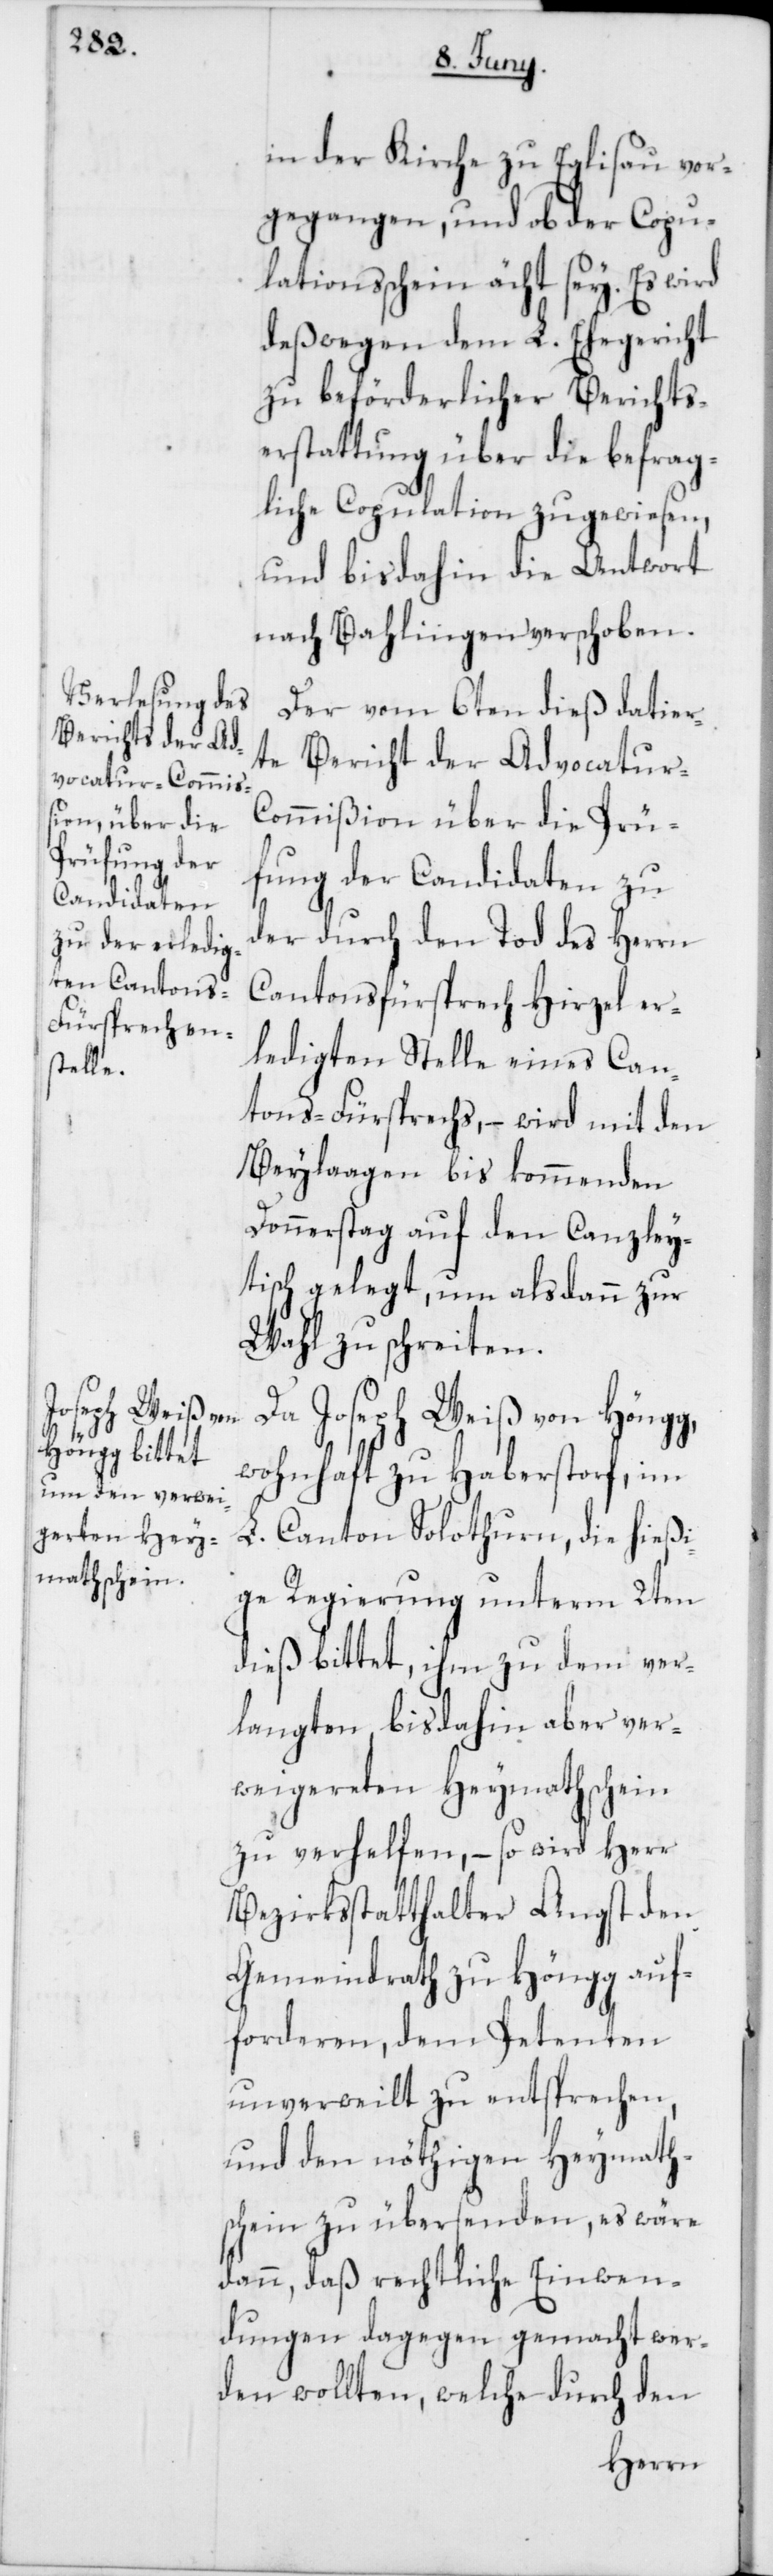
in der Kirche zu Eglisau vor¬
gegangen, und ob der Copu¬
lationsschein ächt sey. Es wird
deßwegen dem L. Ehegericht
zu beförderlicher Berichts¬
erstattung über die befrag¬
liche Copulation zugewiesen,
und bis dahin die Antwort
nach Bahlingen verschoben.
Der vom 6ten dieß datier¬
te Bericht der Advocatur-C¬
ommißion über die Prü¬
fung der Candidaten zu
der durch den Tod des Herrn
Cantonsfürsprech Hirzel er¬
ledigten Stelle eines Can¬
tons-Fürsprechs, – wird mit den
Beylaagen bis kommenden
Donnerstag auf den Canzley¬
tisch gelegt, um alsdann zur
Wahl zu schreiten.
Da Joseph Weiß von Höngg,
wohnhaft zu Haberstorf, im
L. Canton Solothurn, die hießi¬
ge Regierung unterm 2ten
dieß bittet, ihm zu dem ver¬
langten, bis dahin aber ver¬
weigereten Heymathschein
zu verhelfen, – so wird Herr
Bezirksstatthalter Angst den
Gemeindrath zu Höngg auf¬
forderen, dem Petenten
unverweilt zu entsprechen,
und den nöthigen Heymath¬
schein zu übersenden, es wäre
dann, daß rechtliche Einwen¬
dungen dagegen gemacht wer¬
den wollten, welche durch den